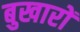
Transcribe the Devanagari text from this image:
बुखारों